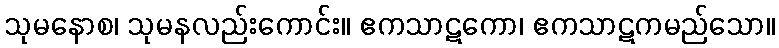
သုမနောစ၊ သုမနလည်းကောင်း။ ဧကသာဋကော၊ ဧကသာဋကမည်သော။